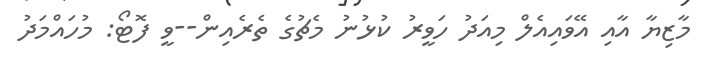
މާޒިޔާ އާއި އޭވައިއެލް މިއަދު ހަވީރު ކުޅުނު މެޗުގެ ތެރެއިން--ވީ ފޮޓޯ: މުހައްމަދު